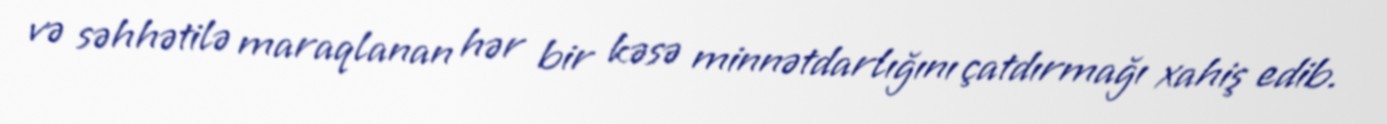
və səhhətilə maraqlanan hər bir kəsə minnətdarlığını çatdırmağı xahiş edib.